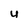
Character: U